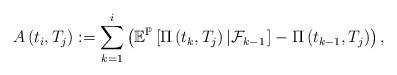
LaTeX: \begin{align*}A\left(t_{i},T_{j}\right):=\sum_{k=1}^{i}\left(\mathbb{E}^{\mathbb{P}}\left[\Pi\left(t_{k},T_{j}\right)\left|\mathcal{F}_{k-1}\right.\right]-\Pi\left(t_{k-1},T_{j}\right)\right),\end{align*}